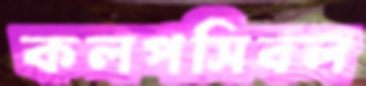
কলপসিবল